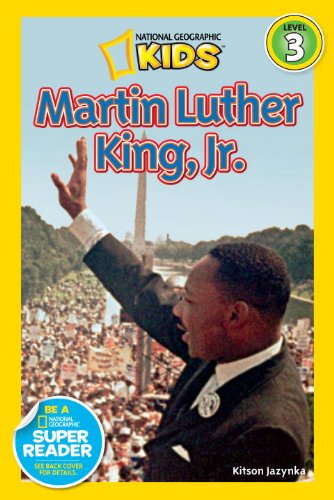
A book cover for National Geographic Readers: Martin Luther King, Jr. (Readers Bios); Kitson Jazynka; Children's Books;